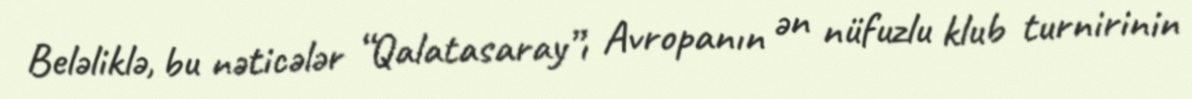
Beləliklə, bu nəticələr “Qalatasaray”ı Avropanın ən nüfuzlu klub turnirinin